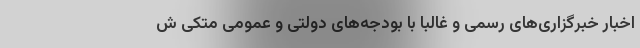
اخبار خبرگزاری‌های رسمی و غالبا با بودجه‌های دولتی و عمومی متکی ش